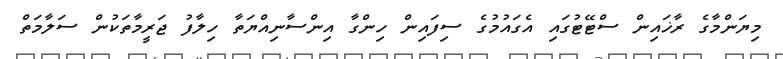
މިޔަންމާގެ ރާޚައިން ސްޓޭޓުގައި އެގައުމުގެ ސިފައިން ހިންގާ އިންްސާނިއްޔަތާ ހިލާފު ޖަރީމާތަކުން ސަލާމަތް